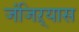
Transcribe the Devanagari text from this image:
जंजिऱ्यास